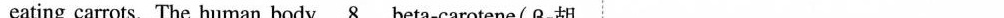
eating carrots. The human body \underline{8} beta-carotene( β-胡 8. A. causes B. cheats